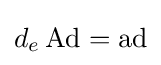
d_{e}\operatorname {Ad} =\operatorname {ad}